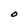
Character: O